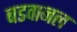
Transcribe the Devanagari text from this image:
बडवानल